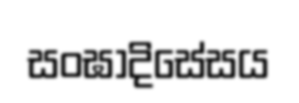
සංඝාදිසේසය